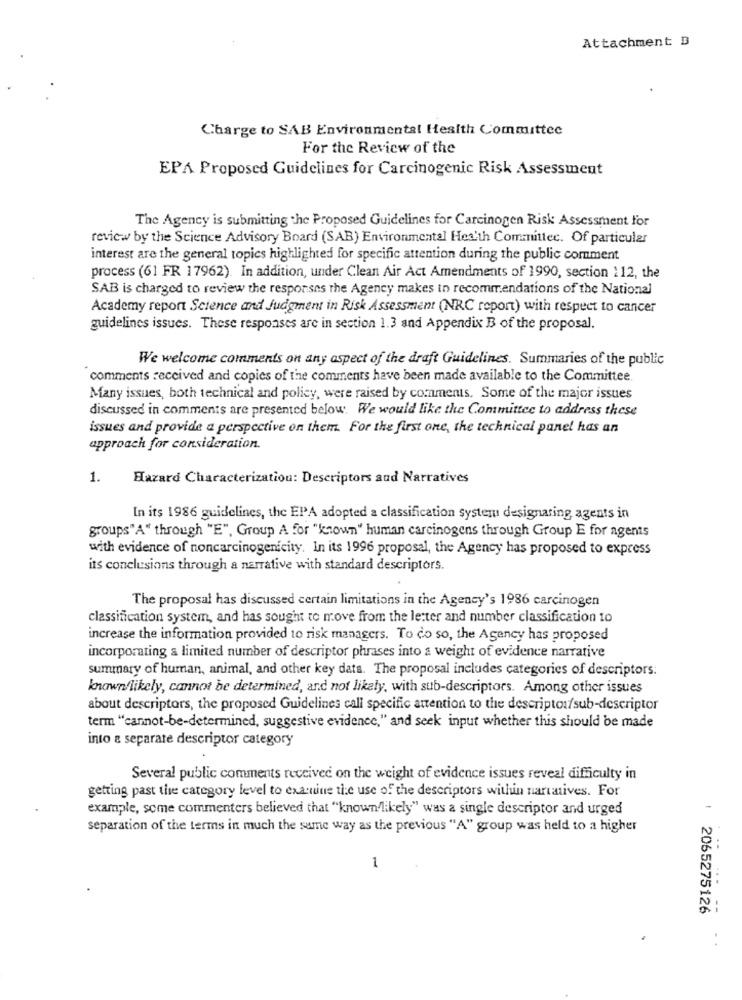
Attachment B
Charge to SAB Environmental Health Committee
For the Review of the
EPA Proposed Guidelines for Carcinogenic Risk Assessment
The Agency is submitting the Proposed Guidelines for Carcinogen Risk Assessment for
review by the Science Advisory Board (SAB) Environmental Hex'th Committee. Of particular
interest are the general topics highlighted for specific attention during the public comment
process (61 FR 17962). In addition, under Clean Air Act Amendments of 1990, section 112, the
SAB is charged to review the responses the Agency makes to recommendations of the National
Academy report Science and Judgment in Risk Assessment (NRC report) with respect to cancer
guidelines issues. These responses are in section 1.3 and Appendix B of the proposal.
We welcome comments on any aspect of the draft Guidelines. Summaries of the public
comments received and copies of the comments have been made available to the Committee
Many issues, both technical and policy, were raised by comments. Some of the major issues
discussed in comments are presented below. We would like the Committee to address these
issues and provide a perspective on them. For the first one, the technical panel has an
approach for consideration.
1.
Hazard Characterization: Descriptors and Narratives
In its 1986 guidelines, the EPA adopted a classification system designaring agents in
groups"A" through "E", Group A for "known" human carcinogens through Group E for agents
with evidence of noncarcinogenicity. In its 1996 proposal, the Agency has proposed to express
its conclusions through a narrative with standard descriptors.
The proposal has discussed certain limitations in the Agency's 1986 carcinogen
classification system, and has sought to move from the letter and number classification 10
increase the information provided to risk managers. To do so, the Agency has proposed
incorporating a limited number of descriptor phrases into a weight of evidence narrative
summary of human, animal, and other key data. The proposal includes categories of descriptors:
known/likely, cannot be determined, and not likely, with sub-descriptors. Among other issues
about descriptors, the proposed Guidelines call specific attention to the descriptor/sub-descriptor
term "cannot-be-determined, suggestive evidence," and seek input whether this should be made
into a separate descriptor category
Several public comments received on the weight of evidence issues reveal difficulty in
getting past the category level to examine the use of the descriptors within narratives. For
example, some commenters believed that "known likely" was a single descriptor and urged
separation of the terms in much the same way as the previous "A" group was held to a higher
1
: 2065275126
--
. .